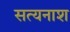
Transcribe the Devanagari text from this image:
सत्यनाश